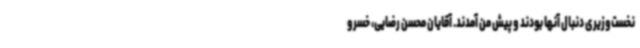
نخست‌وزیری دنبال آنها بودند و پیش من آمدند. آقایان محسن رضایی، خسرو